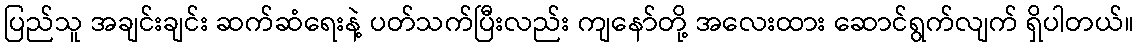
ပြည်သူ အချင်းချင်း ဆက်ဆံရေးနဲ့ ပတ်သက်ပြီးလည်း ကျနော်တို့ အလေးထား ဆောင်ရွက်လျက် ရှိပါတယ်။